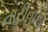
નારીવાદી